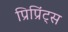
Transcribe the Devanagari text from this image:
प्रिप्रिंट्स